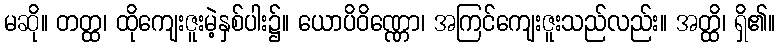
မဆို။ တတ္ထ၊ ထိုကျေးဇူးမဲ့နှစ်ပါး၌။ ယောပိဝိဏ္ဏော၊ အကြင်ကျေးဇူးသည်လည်း။ အတ္ထိ၊ ရှိ၏။